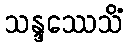
သန္ဒဿေသိံ